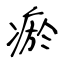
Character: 瘀